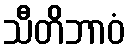
သီတိဘာဝံ